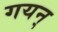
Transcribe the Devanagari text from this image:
गयन्